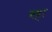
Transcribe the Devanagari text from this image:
श्हा